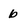
Character: b